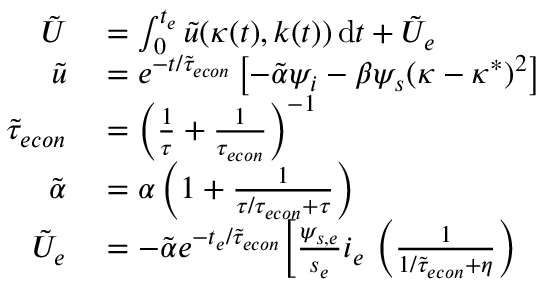
\begin{array} { r l } { \tilde { U } } & { { } = \int _ { 0 } ^ { t _ { e } } \tilde { u } ( \kappa ( t ) , k ( t ) ) \, \mathrm { d } t + \tilde { U } _ { e } } \\ { \tilde { u } } & { { } = e ^ { - t / \tilde { \tau } _ { e c o n } } \left[ - \tilde { \alpha } \psi _ { i } - \beta \psi _ { s } ( \kappa - \kappa ^ { * } ) ^ { 2 } \right] } \\ { \tilde { \tau } _ { e c o n } } & { { } = \left( \frac { 1 } { \tau } + \frac { 1 } { \tau _ { e c o n } } \right) ^ { - 1 } } \\ { \tilde { \alpha } } & { { } = \alpha \left( 1 + \frac { 1 } { \tau / { \tau _ { e c o n } } + \tau } \right) } \\ { \tilde { U } _ { e } } & { { } = - \tilde { \alpha } e ^ { - t _ { e } / \tilde { \tau } _ { e c o n } } \Big [ \frac { \psi _ { s , e } } { s _ { e } } i _ { e } \, \left( \frac { 1 } { 1 / \tilde { \tau } _ { e c o n } + \eta } \right) } \end{array}